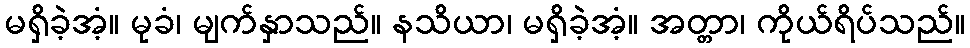
မရှိခဲ့အံ့။ မုခံ၊ မျက်နှာသည်။ နသိယာ၊ မရှိခဲ့အံ့။ အတ္တာ၊ ကိုယ်ရိပ်သည်။